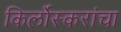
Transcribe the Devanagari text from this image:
किर्लोस्करांचा